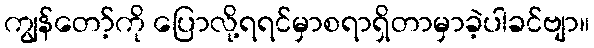
ကျွန်တော့်ကို ပြောလို့ရရင်မှာစရာရှိတာမှာခဲ့ပါခင်ဗျာ။